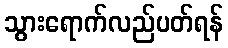
သွားရောက်လည်ပတ်ရန်